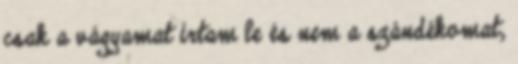
csak a vágyamat írtam le és nem a szándékomat,